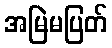
အမြဲမပြတ်